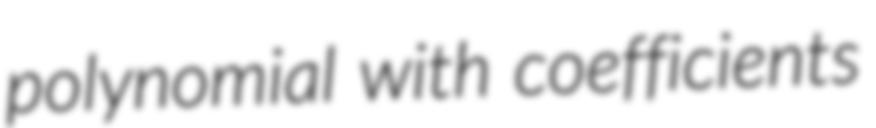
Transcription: polynomial with coefficients